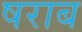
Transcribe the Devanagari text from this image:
षराब